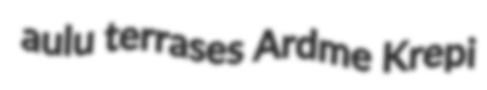
aulu terrases Ardme Krepi